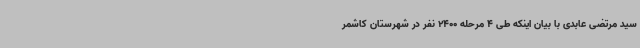
سید مرتضی عابدی با بیان اینکه طی 4 مرحله 2400 نفر در شهرستان کاشمر